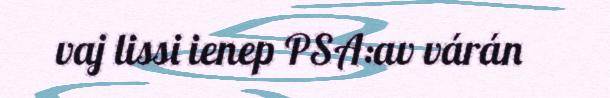
vaj lissi ienep PSA:av várán